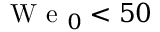
\mathrm { ~ W ~ e ~ } _ { 0 } < 5 0